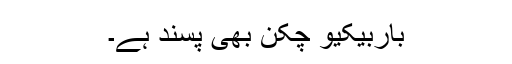
باربیکیو چکن بھی پسند ہے۔